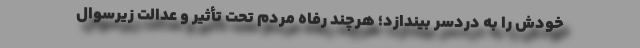
خودش را به دردسر بیندازد؛ هرچند رفاه مردم تحت تأثیر و عدالت زیرسوال